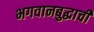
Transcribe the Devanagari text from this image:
भगवानबुद्धाची